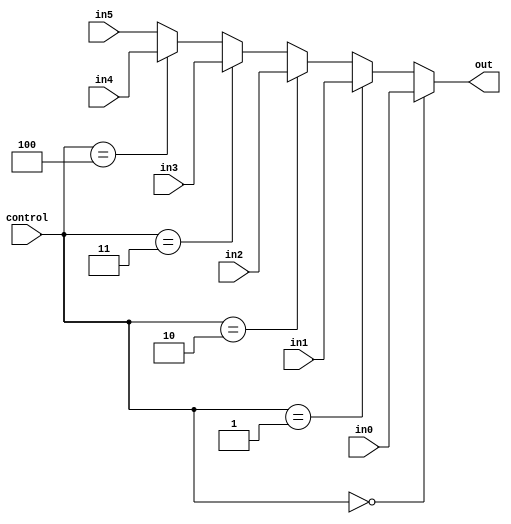
module Mux_PcSource(
    input wire [31:0] in0,
    input wire  [31:0] in1,
    input wire  [31:0] in2,
    input wire  [31:0] in3,
    input wire  [31:0] in4,
    input wire  [31:0] in5,
    input wire  [2:0] control,
    output wire [31:0] out
    );

    assign out = (control == 3'b000) ? in0:
                 (control == 3'b001) ? in1:
                 (control == 3'b010) ? in2:
                 (control == 3'b011) ? in3:
                 (control == 3'b100) ? in4:
                 in5;
                 
endmodule